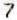
7